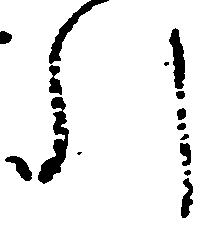
引